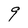
Character: 9